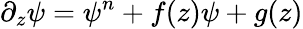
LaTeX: \partial_{z}\psi=\psi^{n}+f(z)\psi+g(z)